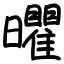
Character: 㬬